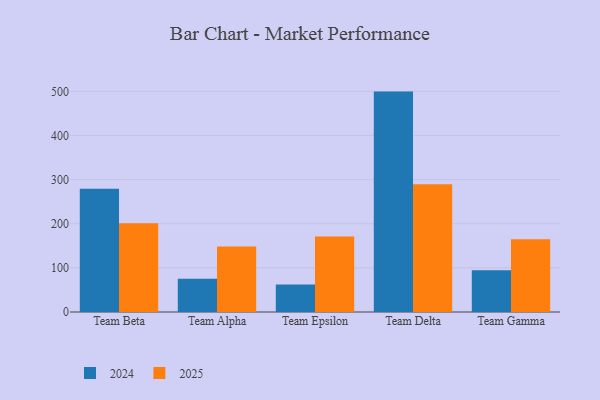
{"axis": {"x": "Team", "y": "Backlog"}, "legend": ["2024", "2025"], "data": [{"x": "Team Beta", "y": 201.4, "type": "2025"}, {"x": "Team Beta", "y": 279.2, "type": "2024"}, {"x": "Team Alpha", "y": 148.6, "type": "2025"}, {"x": "Team Alpha", "y": 75.2, "type": "2024"}, {"x": "Team Epsilon", "y": 170.9, "type": "2025"}, {"x": "Team Epsilon", "y": 62.5, "type": "2024"}, {"x": "Team Delta", "y": 289.3, "type": "2025"}, {"x": "Team Delta", "y": 499.5, "type": "2024"}, {"x": "Team Gamma", "y": 164.8, "type": "2025"}, {"x": "Team Gamma", "y": 94.7, "type": "2024"}]}